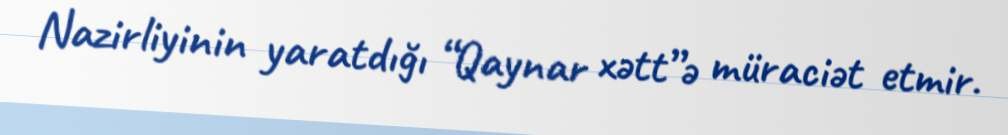
Nazirliyinin yaratdığı “Qaynar xətt”ə müraciət etmir.